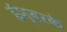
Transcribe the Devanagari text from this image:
ईश्वरके